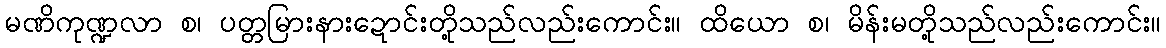
မဏိကုဏ္ဍလာ စ၊ ပတ္တမြားနားဍောင်းတို့သည်လည်းကောင်း။ ထိယော စ၊ မိန်းမတို့သည်လည်းကောင်း။